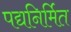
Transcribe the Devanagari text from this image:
पद्यनिर्मित